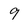
Character: 9